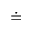
\doteq